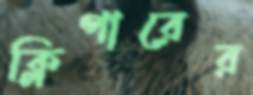
ক্লিপারের